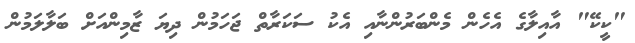
"ކީކޭ" އާއިލާގެ އެހެން މެންބަރުންނާއި އެކު ސަކަރާތް ޖަހަމުން ދިޔަ ޒާމިންއަށް ބަލާލަމުން